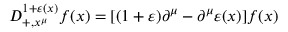
D _ { + , x ^ { \mu } } ^ { 1 + \varepsilon ( x ) } f ( x ) = [ ( 1 + \varepsilon ) \partial ^ { \mu } - \partial ^ { \mu } \varepsilon ( x ) ] f ( x )